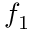
f _ { 1 }